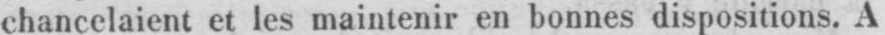
chancelaient et les maintenir en bonnes dispositions. A